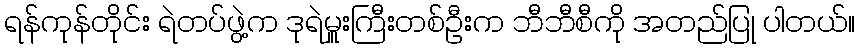
ရန်ကုန်တိုင်း ရဲတပ်ဖွဲ့က ဒုရဲမှူးကြီးတစ်ဦးက ဘီဘီစီကို အတည်ပြု ပါတယ်။